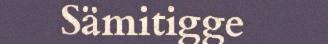
Sämitigge